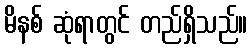
မိနစ် ဆုံရာတွင် တည်ရှိသည်။